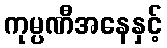
ကုမ္ပဏီအနေနှင့်